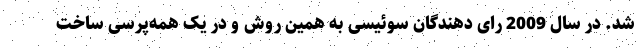
شد. در سال 2009 رای دهندگان سوئیسی به همین روش و در یک همه‌پرسی ساخت